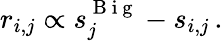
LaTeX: r_{i,j}\propto s_{j}^{\mathrm{~B~i~g~}}-s_{i,j}\, .